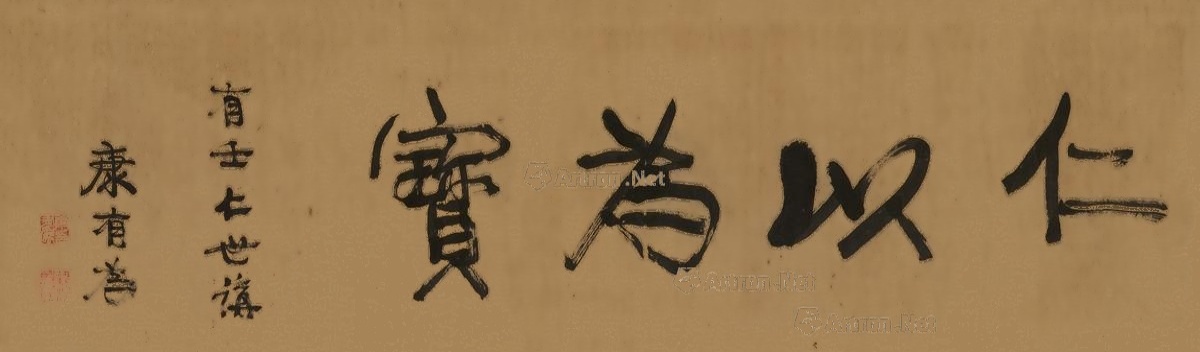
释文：仁以为宝。有壬仁世讲，康有为。